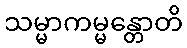
သမ္မာကမ္မန္တောတိ